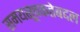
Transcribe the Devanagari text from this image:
समयसूचकतेबद्दल